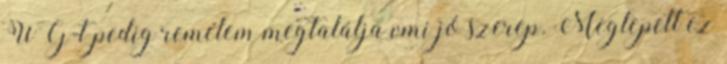
WG-t pedig remélem megtalálja vmi jó szerep. Meglepett ez